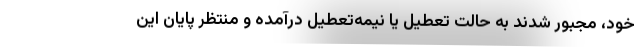
خود، مجبور شدند به حالت تعطیل یا نیمه‌تعطیل درآمده و منتظر پایان این